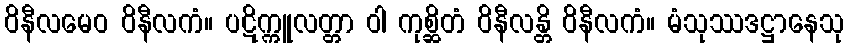
ဝိနီလမေဝ ဝိနီလကံ။ ပဋိက္ကူလတ္တာ ဝါ ကုစ္ဆိတံ ဝိနီလန္တိ ဝိနီလကံ။ မံသုဿဒဋ္ဌာနေသု